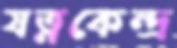
যত্নকেন্দ্র